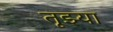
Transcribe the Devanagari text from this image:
तूझ्या